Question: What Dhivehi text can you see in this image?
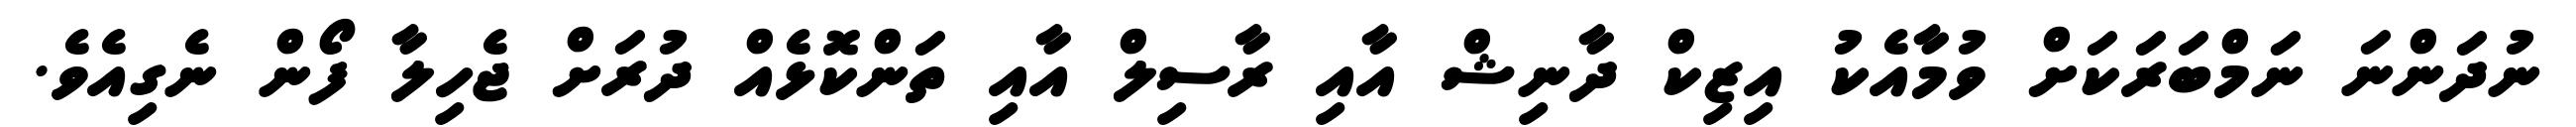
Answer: ނުދަންނަ ނަމްބަރަކަށް ވުމާއެކު އިޒިކް ދާނިޝް އާއި ރާސިލް އާއި ތަންކޮޅެއް ދުރަށް ޖެހިލާ ފޯން ނެގިއެވެ.